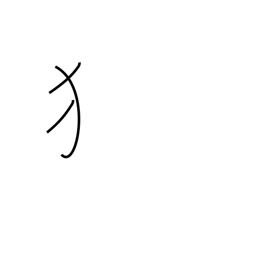
Meaning: dog radical (no. 94)